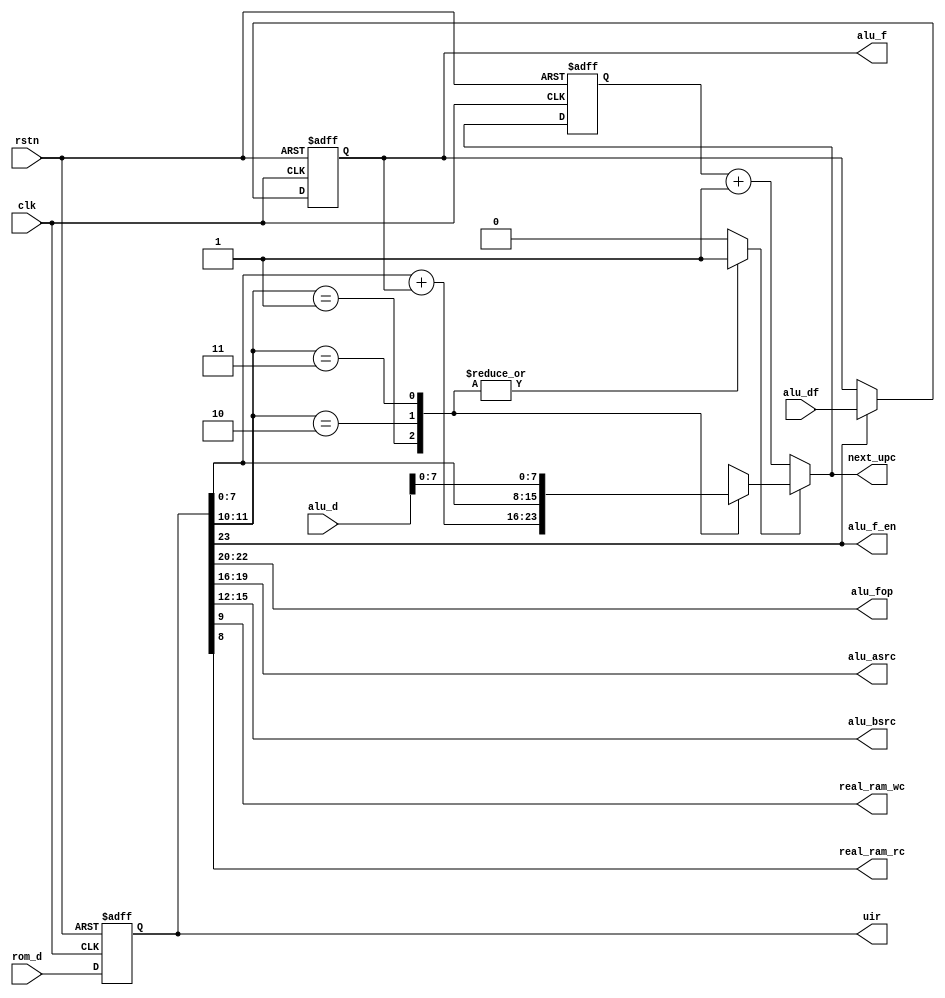
module ucu(
		/* clock */
		clk, rstn,
		/* urom-part */
		rom_d, next_upc,
		/* regalu-part */
		alu_fop, alu_asrc, alu_bsrc, alu_d, alu_df, alu_f_en, alu_f,
		/* ram-part */
		real_ram_wc, real_ram_rc,
		/* uir output */
		uir
		);
	/* clock */
	input clk;
	input rstn;
	
	/* urom-part */
	input [23:0]rom_d;
	output [7:0]next_upc;
	
	/* regalu-part */
	output [2:0]alu_fop;
	output [3:0]alu_asrc;
	output [3:0]alu_bsrc;
	input [15:0]alu_d;
	input [2:0]alu_df; /* d  */
	output alu_f_en;
	output [2:0]alu_f; /* 2:AO 1:C 0:Z */
	
	/* ram-part */
	output real_ram_wc;
	output real_ram_rc;
	wire ram_wc;
	wire ram_rc;
	assign real_ram_wc = ram_wc;
	assign real_ram_rc = ram_rc;
	
	output [23:0]uir;
	reg [23:0]uir;
	reg [7:0]upc;
	wire [7:0]next_upc;
	//*** uinstruction type ***
	wire [1:0]j_flags;
	wire [7:0]imm8;
	assign alu_f_en = uir[23];
	assign alu_fop = uir[22:20];
	assign alu_asrc = uir[19:16];
	assign alu_bsrc = uir[15:12];
	assign j_flags = uir[11:10];
	assign ram_wc = uir[9];
	assign ram_rc = uir[8];
	assign imm8 = uir[7:0];
	
	reg upc_ld;
	reg [7:0]upc_ldin;
	reg [2:0]alu_f;
	/* C,addr;Z,addr+1;AO,addr+2;,addr+3 */
	assign next_upc = upc_ld ? upc_ldin : upc + 8'b1;
	always @(upc or j_flags or alu_f_en or alu_f or alu_df or imm8 or alu_d)
	begin
		upc_ld = 1'b0;
		upc_ldin = 8'hxx;
		
		case(j_flags)
		2'b01:
			begin
				upc_ld = 1'b1;
				upc_ldin = imm8 + alu_f;
			end
		2'b10:
			begin
				upc_ld = 1'b1;
				upc_ldin = imm8;
			end
		2'b11:
			begin
				upc_ld = 1'b1;
				upc_ldin = alu_d[7:0];
			end
		default:;
		endcase
	end
	
	always @(posedge clk or negedge rstn)
	begin
		if(!rstn)
		begin
			uir <= 24'b0;
			alu_f <= 3'b000;
			upc <= 8'hff;	//upc+1
		end
		else
		begin
			uir <= rom_d;
			upc <= next_upc;
			if(alu_f_en)
					alu_f <= alu_df;
		end
	end
endmodule